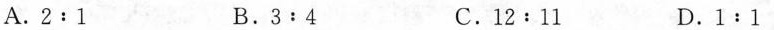
A.2:1 B.3:4 C.12:11 D.1﹔1